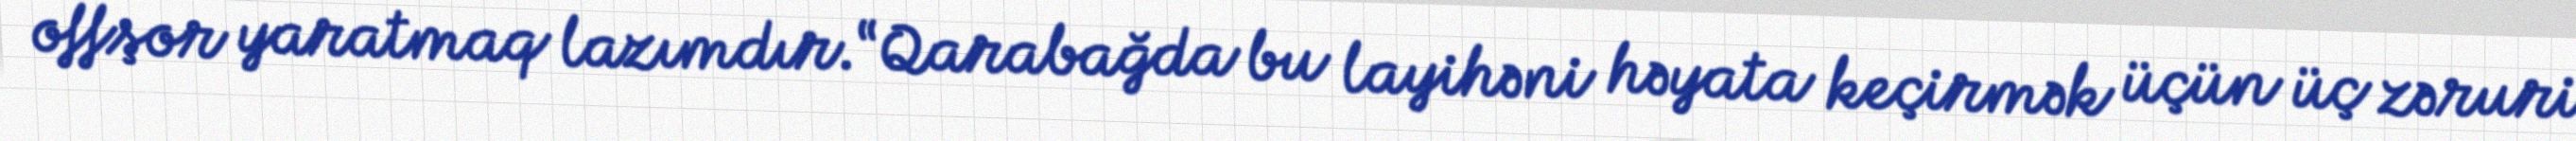
offşor yaratmaq lazımdır.“Qarabağda bu layihəni həyata keçirmək üçün üç zəruri